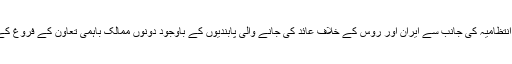
انہوں نے کہا کہ ٹرمپ انتظامیہ کی جانب سے ایران اور روس کے خلاف عائد کی جانے والی پابندیوں کے باوجود دونوں ممالک باہمی تعاون کے فروغ کے راستے پر گامزن ہیں۔